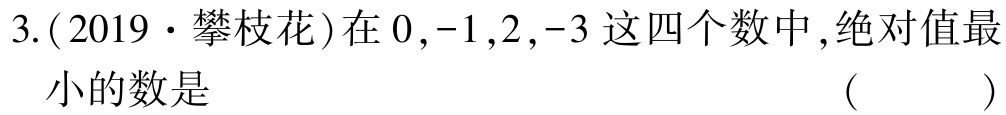
3.(2019·攀枝花)在\(0,-1,2,-3\)这四个数中,绝对值最小的数是 （  ）